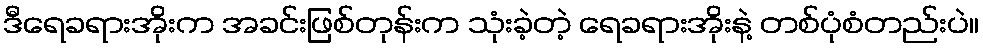
ဒီရေခရားအိုးက အခင်းဖြစ်တုန်းက သုံးခဲ့တဲ့ ရေခရားအိုးနဲ့ တစ်ပုံစံတည်းပဲ။